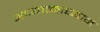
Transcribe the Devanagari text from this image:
अध्यात्माध्यान